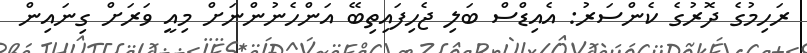
ރަހިމުގެ ދޮރުގެ ކެންސަރު: އެއިޑްސް ބަލި ޖެހިފައިތިބޭ އަންހެނުންނަށް މިއީ ވަރަށް ގިނައިން